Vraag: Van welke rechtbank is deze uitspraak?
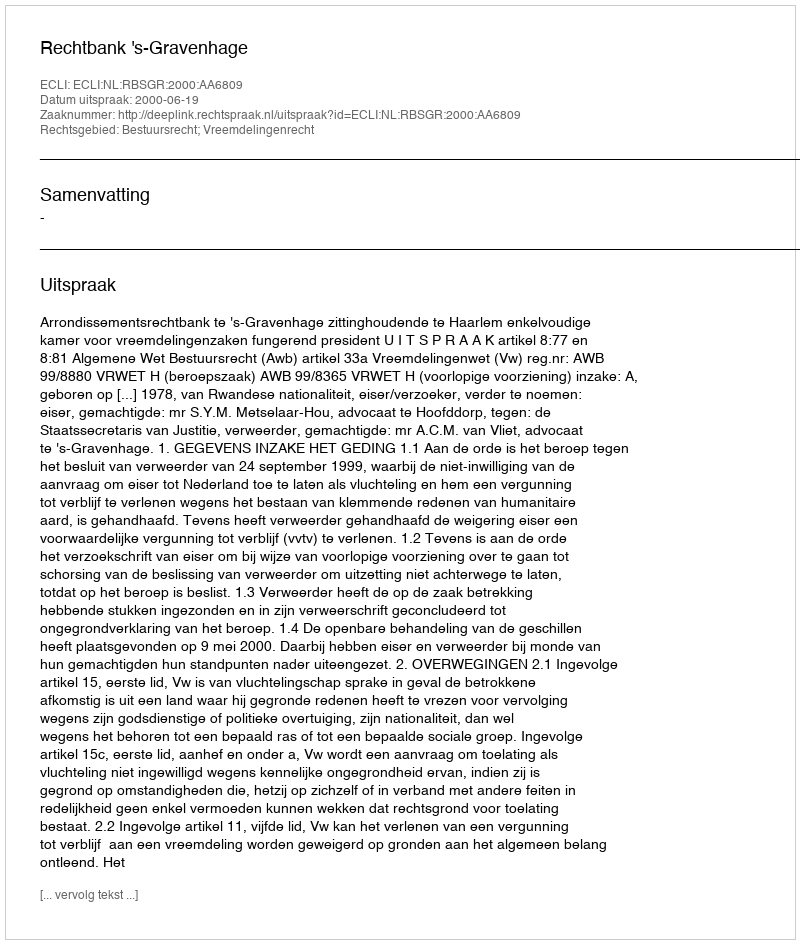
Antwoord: Rechtbank 's-Gravenhage